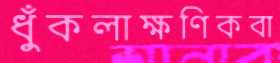
ধুঁকলাক্ষণিকবা